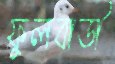
ফুলবাডী